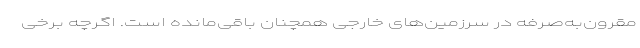
مقرون‌به‌صرفه در سرزمین‌های خارجی همچنان باقی‌مانده است. اگرچه برخی